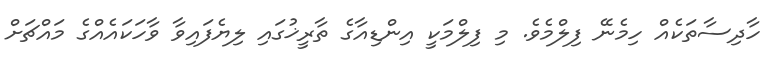
ހާދިސާތަކެއް ހިމެނޭ ފިލްމެވެ. މި ފިލްމަކީ އިންޑިއާގެ ތާރީޚުގައި ލިޔެފައިވާ ވާހަކައެއްގެ މައްޗަށް